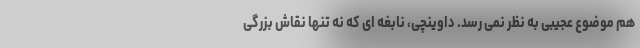
هم موضوع عجیبی به نظر نمی رسد. داوینچی، نابغه ای که نه تنها نقاش بزرگی